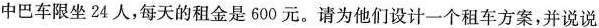
中巴车限坐24人，每天的租金是600元。请为他们设计一个租车方案，并说说